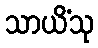
သာယိံသု